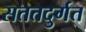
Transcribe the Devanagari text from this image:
सततदुर्गत